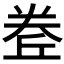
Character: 𡙅